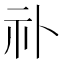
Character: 䃼